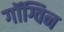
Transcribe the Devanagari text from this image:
गॉग्विन